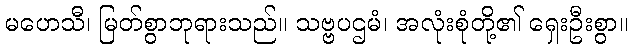
မဟေသီ၊ မြတ်စွာဘုရားသည်။ သဗ္ဗပဌမံ၊ အလုံးစုံတို့၏ ရှေးဦးစွာ။